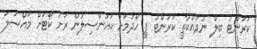
ކަރަންޓު ބިލް ނުދައްކާތީ ކަރަންޓު ފީ ހޯދުމަށް ކައުންސިލުން ރަށު ކޯޓަށް މައްސަލަ